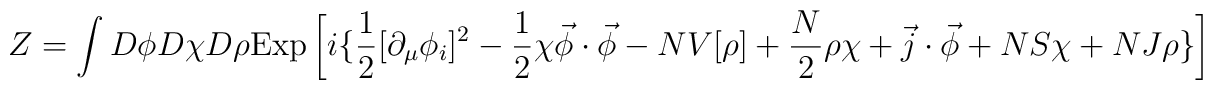
Z = \int D \phi D\chi D \rho{\rm Exp} \left[ i \{  \frac{1}{2} [\partial_\mu \phi_i ]^2-\frac{1}{2} \chi {\vec \phi \cdot \vec \phi}- N V[{\rho}] +\frac{N}{2} \rho \chi +\vec j \cdot \vec \phi + N S \chi + N J\rho  \} \right]